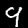
Digit: 9